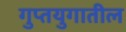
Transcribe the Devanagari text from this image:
गुप्तयुगातील